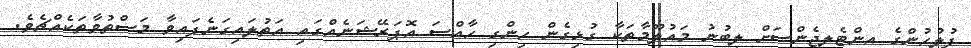
ފުލުހުންގެ އިންޓެލިޖެންސަށް ލިބުނު މައުލޫމާތަކާ ގުޅިގެން ހިންގި ހާއްސަ އޮޕަރޭޝަނެއްގައި އަތުލައިގަނެފައިވާ މަސްތުވާތަކެއްޗެވެ.